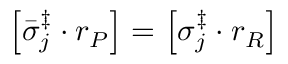
\left[ \bar { \sigma } _ { j } ^ { \ddag } \cdot r _ { P } \right] = \left[ \sigma _ { j } ^ { \ddag } \cdot r _ { R } \right]